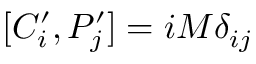
[ C _ { i } ^ { \prime } , P _ { j } ^ { \prime } ] = i M \delta _ { i j }